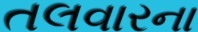
તલવારના